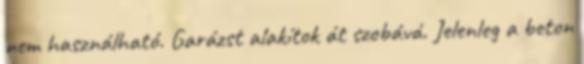
nem használható. Garázst alakítok át szobává. Jelenleg a beton